Lunatic asylums Central Provinces reports 1910-1926 - 1910-1926
Year: 1910
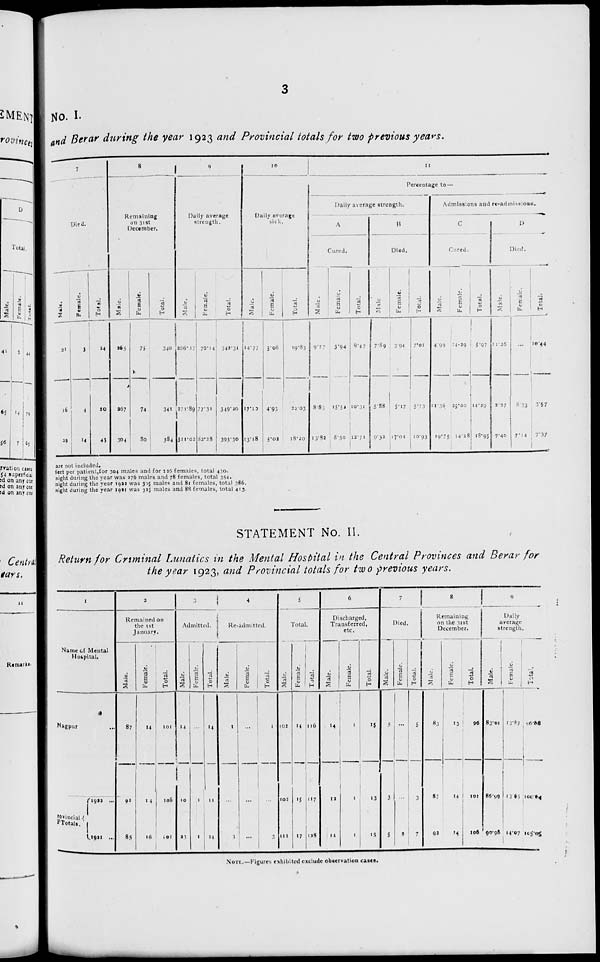
3
No. I.
and Berar during the year 1923 and Provincial totals for two previous years.
7
Died.
Male.
21
16
29
Female.
3
4
14
Total.
24
10
43
8
Remaining
on 31st
December.
Male.
265
267
304
Female.
75
74
80
Total.
340
341
384
9
Daily average
strength.
Male.
256.17
271.89
311.02
Female.
76.14
77.31
82.28
Total.
342.31
349.20
393.30
10
Daily average
sick.
Male.
14.77
17.10
13.18
Female.
5.06
4.93
5.02
Total.
19.83
22.03
18.20
11
Percentage to—
Daily average strength.
A
Cured.
Male.
9.77
8.83
13.82
Female.
3.94
15.52
8.50
Total.
8.47
10.31
12.71
B
Died.
Male
7.89
5.88
9.32
Female.
3.94
5.17
17.01
Total.
7.01
5.73
10.93
Admissions and re-admissions.
C
Cured.
Male
4.99
11.36
19.75
Female.
14.29
25.00
14.28
Total.
5.97
14.29
18.95
D
Died.
Male.
11.26
2.37
7.40
Female.
...
8.33
7.14
Total.
10.44
3.57
7.37
are not included.
feet per patient,for 304 males and for 126 females, total 430.
night during the year was 376 males and 78 females, total 354.
night during the year 1922 was 305 males and 81 females, total 386.
night during the year 1921 was 325 males and 88 females, total 413.
STATEMENT No. II.
Return for Criminal Lunatics in the Mental Hospital in the Central Provinces and Berar for
the year 1923, and Provincial totals for two previous years.
1
Name of Mental
Hospital.
Nagpur ...
Povincial
Totals.
1922
...
1921 ...
2
Remained on
the 1st
January.
Male.
87
92
85
Female.
14
14
16
Total.
101
106
101
3
Admitted.
Male.
14
10
23
Female.
...
1
1
Total.
14
11
24
4
Re-admitted.
Male.
1
...
3
Female.
...
...
...
Total.
1
...
3
5
Total.
Male.
102
102
111
Female.
14
15
17
Total.
116
117
128
6
Discharged,
Transferred,
etc.
Male.
14
12
14
Female.
1
1
1
Total.
15
13
15
7
Died.
Male.
5
3
5
Female.
...
...
2
Total.
5
3
7
8
Remaining
on the 31st
December.
Male.
83
87
92
Female.
13
14
14
Total.
96
101
106
9
Daily
average
strength.
Male.
83.01
86.99
90.95
Female.
13.87
13.65
14.07
Total.
96.88
100.64
105.05
NOTE.—Figures exhibited exclude observation cases.